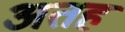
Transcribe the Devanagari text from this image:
अतह